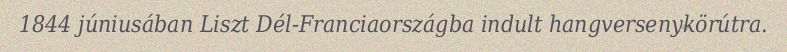
1844 júniusában Liszt Dél-Franciaországba indult hangversenykörútra.